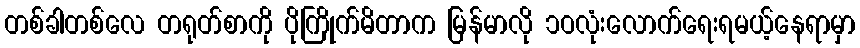
တစ်ခါတစ်လေ တရုတ်စာကို ပိုကြိုက်မိတာက မြန်မာလို ၁ဝလုံးလောက်ရေးရမယ့်နေရာမှာ